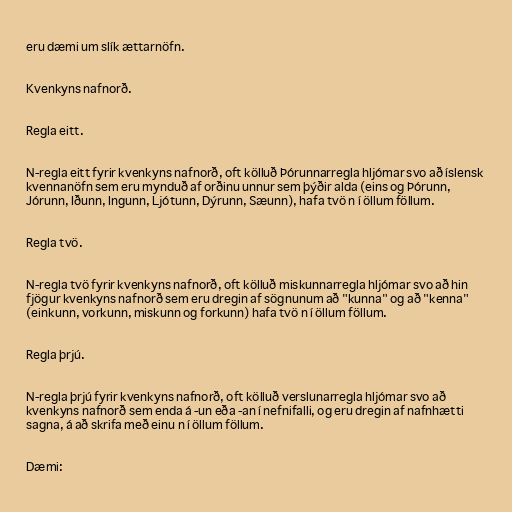
eru dæmi um slík ættarnöfn.

Kvenkyns nafnorð.

Regla eitt.

N-regla eitt fyrir kvenkyns nafnorð, oft kölluð Þórunnarregla hljómar svo að íslensk
kvennanöfn sem eru mynduð af orðinu unnur sem þýðir alda (eins og Þórunn,
Jórunn, Iðunn, Ingunn, Ljótunn, Dýrunn, Sæunn), hafa tvö n í öllum föllum.

Regla tvö.

N-regla tvö fyrir kvenkyns nafnorð, oft kölluð miskunnarregla hljómar svo að hin
fjögur kvenkyns nafnorð sem eru dregin af sögnunum að "kunna" og að "kenna"
(einkunn, vorkunn, miskunn og forkunn) hafa tvö n í öllum föllum.

Regla þrjú.

N-regla þrjú fyrir kvenkyns nafnorð, oft kölluð verslunarregla hljómar svo að
kvenkyns nafnorð sem enda á -un eða -an í nefnifalli, og eru dregin af nafnhætti
sagna, á að skrifa með einu n í öllum föllum.

Dæmi: